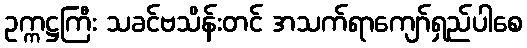
ဥက္ကဋ္ဌကြီး သခင်ဗသိန်းတင် အသက်ရာကျော်ရှည်ပါစေ